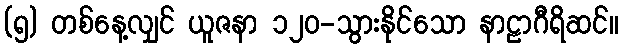
(၅) တစ်နေ့လျှင် ယူဇနာ ၁၂၀-သွားနိုင်သော နာဠာဂီရိဆင်။